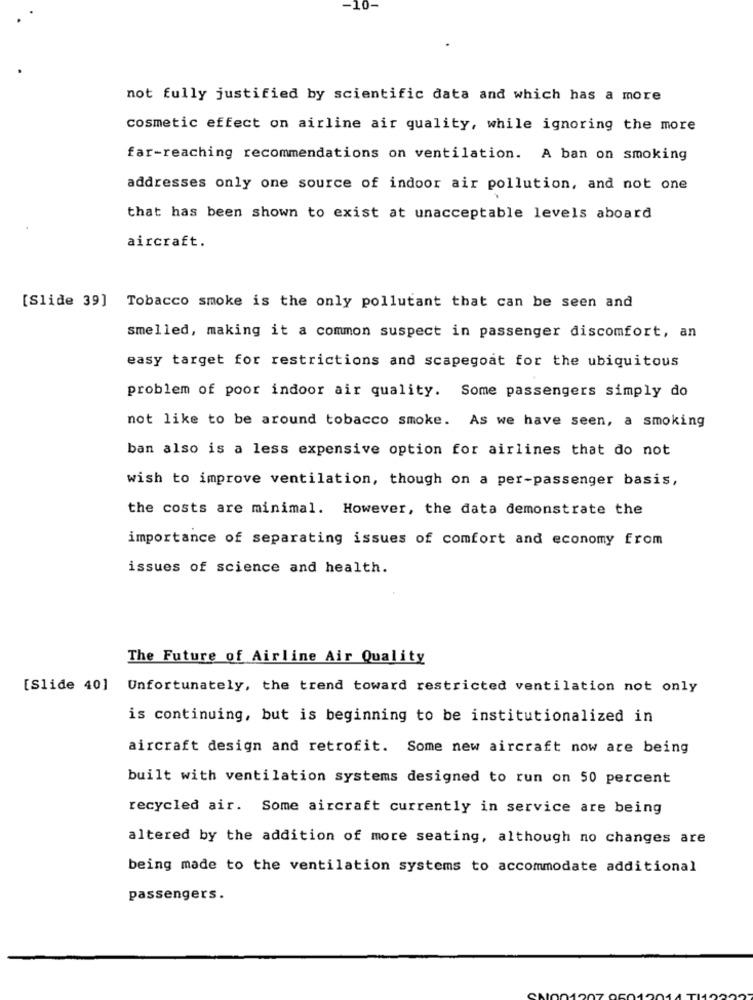
-10-
not fully justified by scientific data and which has a more
cosmetic effect on airline air quality, while ignoring the more
far-reaching recommendations on ventilation. A ban on smoking
addresses only one source of indoor air pollution, and not one
that has been shown to exist at unacceptable levels aboard
aircraft.
[Slide 39] Tobacco smoke is the only pollutant that can be seen and
smelled, making it a common suspect in passenger discomfort, an
easy target for restrictions and scapegoat for the ubiquitous
problem of poor indoor air quality. Some passengers simply do
not like to be around tobacco smoke. As we have seen, a smoking
ban also is a less expensive option for airlines that do not
wish to improve ventilation, though on a per-passenger basis,
the costs are minimal. However, the data demonstrate the
importance of separating issues of comfort and economy from
issues of science and health.
The Future of Airline Air Quality
[Slide 40]
Unfortunately, the trend toward restricted ventilation not only
is continuing, but is beginning to be institutionalized in
aircraft design and retrofit. Some new aircraft now are being
built with ventilation systems designed to run on 50 percent
recycled air. Some aircraft currently in service are being
altered by the addition of more seating, although no changes are
being made to the ventilation systems to accommodate additional
passengers.